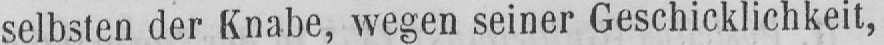
selbsten der Knabe, wegen seiner Geschicklichkeit,